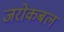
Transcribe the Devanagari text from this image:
जरोकबल